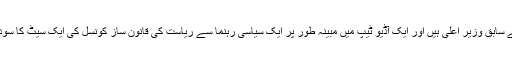
وہ جنوبی ریاست کرناٹک کے سابق وزیر اعلیٰ ہیں اور ایک آڈیو ٹیپ میں مبینہ طور پر ایک سیاسی رہنما سے ریاست کی قانون ساز کونسل کی ایک سیٹ کا سودا کرتے سنائی دے دیتے ہیں۔